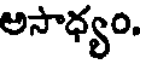
అసాధ్యం.